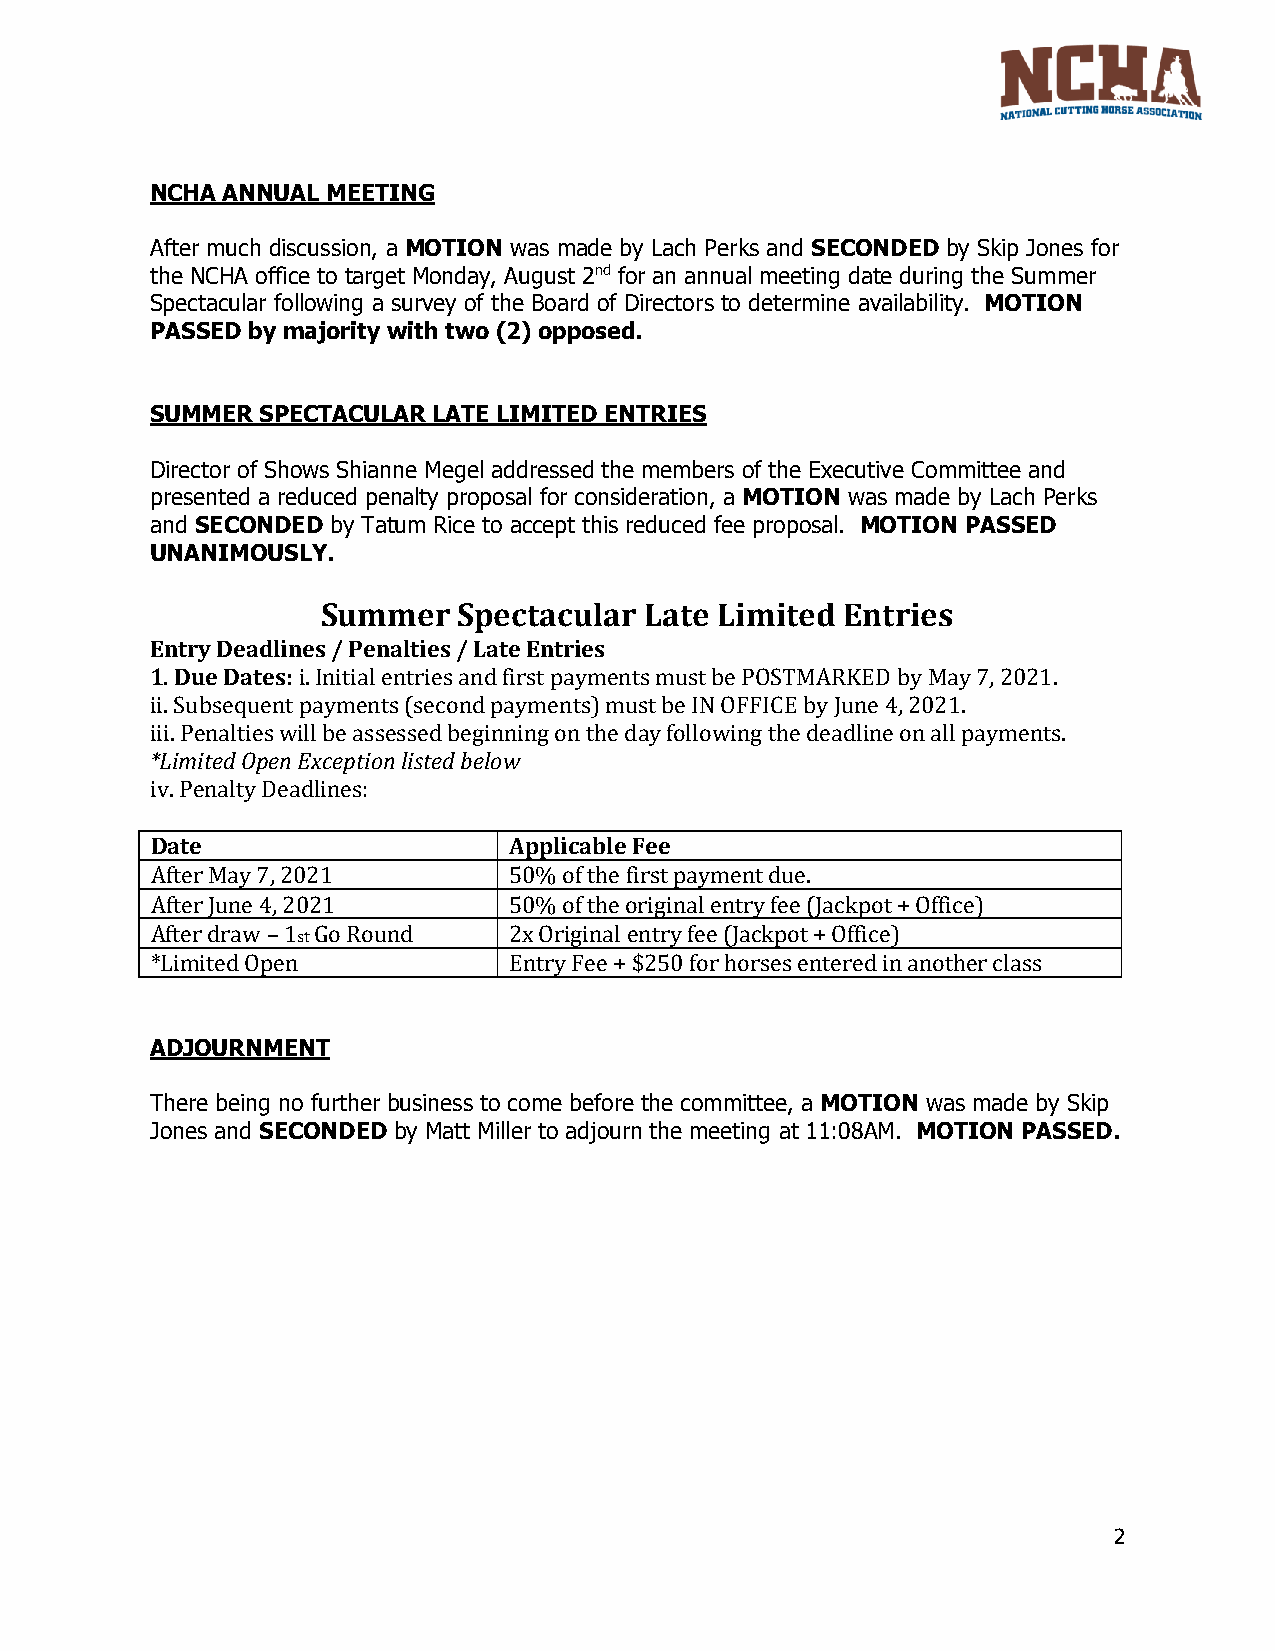
NCHA ANNUAL MEETING
 After much discussion, a MOTION was made by Lach Perks and SECONDED by Skip Jones for
 the NCHA office to target Monday, August 2nd for an annual meeting date during the Summer
 Spectacular following a survey of the Board of Directors to determine availability. MOTION
 PASSED by majority with two (2) opposed.
 SUMMER SPECTACULAR LATE LIMITED ENTRIES
 Director of Shows Shianne Megel addressed the members of the Executive Committee and
 presented a reduced penalty proposal for consideration, a MOTION was made by Lach Perks
 and SECONDED by Tatum Rice to accept this reduced fee proposal. MOTION PASSED
 UNANIMOUSLY.
 Summer   Spectacular  Late Limited Entries
 Entry Deadlines / Penalties / Late Entries
 1. Due Dates: i. Initial entries and first payments must be POSTMARKED by May 7, 2021.
 ii. Subsequent payments (second payments) must be IN OFFICE by June 4, 2021.
 iii. Penalties will be assessed beginning on the day following the deadline on all payments.
 *Limited Open Exception listed below
 iv. Penalty Deadlines:
 Date                    Applicable Fee
 After May 7, 2021       50% of the first payment due.
 After June 4, 2021      50% of the original entry fee (Jackpot + Office)
 After draw – 1st Go Round 2x Original entry fee (Jackpot + Office)
 *Limited Open           Entry Fee + $250 for horses entered in another class
 ADJOURNMENT
 There being no further business to come before the committee, a MOTION was made by Skip
 Jones and SECONDED by Matt Miller to adjourn the meeting at 11:08AM. MOTION PASSED.
 2